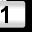
Digit: 1